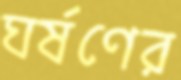
ঘর্ষণের